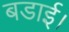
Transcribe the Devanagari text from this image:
बडाई।